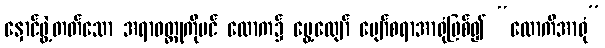
နှောင်ဖွဲ့တတ်သော အရာဝတ္ထုကိုပင် လောက၌ မွေ့လျော် ပျော်စရာအာရုံဖြစ်၍ “လောကီအာရုံ”